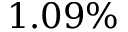
1 . 0 9 \%